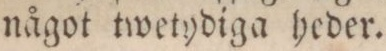
något twetydiga heder.